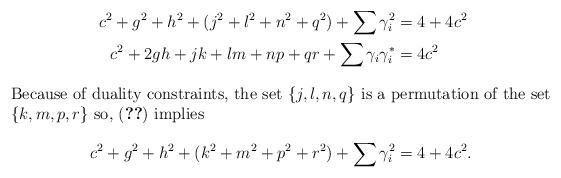
LaTeX: \begin{align*}c^2 + g^2 + h^2 + (j^2 + l^2 + n^2 + q^2) + \sum{\gamma_i^2} &= 4 + 4c^2 \\c^2 + 2gh + jk + lm + np + qr + \sum{\gamma_i\gamma_i^*} &= 4c^2 \\\intertext{Because of duality constraints, the set $\{j, l, n, q\}$ is a permutation of the set $\{k, m, p, r\}$ so, \eqref{squares} implies}c^2 + g^2 + h^2 + (k^2 + m^2 + p^2 + r^2) + \sum{\gamma_i^2} &= 4 + 4c^2. \end{align*}